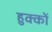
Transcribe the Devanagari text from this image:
हुक्कों